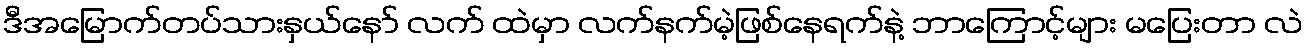
ဒီအမြောက်တပ်သားနှယ်နော် လက် ထဲမှာ လက်နက်မဲ့ဖြစ်နေရက်နဲ့ ဘာကြောင့်များ မပြေးတာ လဲ